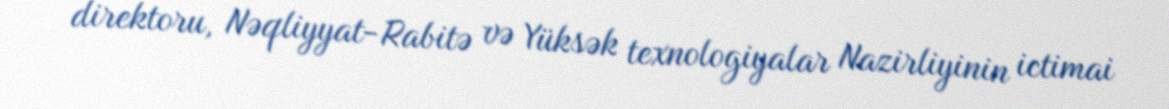
direktoru, Nəqliyyat-Rabitə və Yüksək texnologiyalar Nazirliyinin ictimai